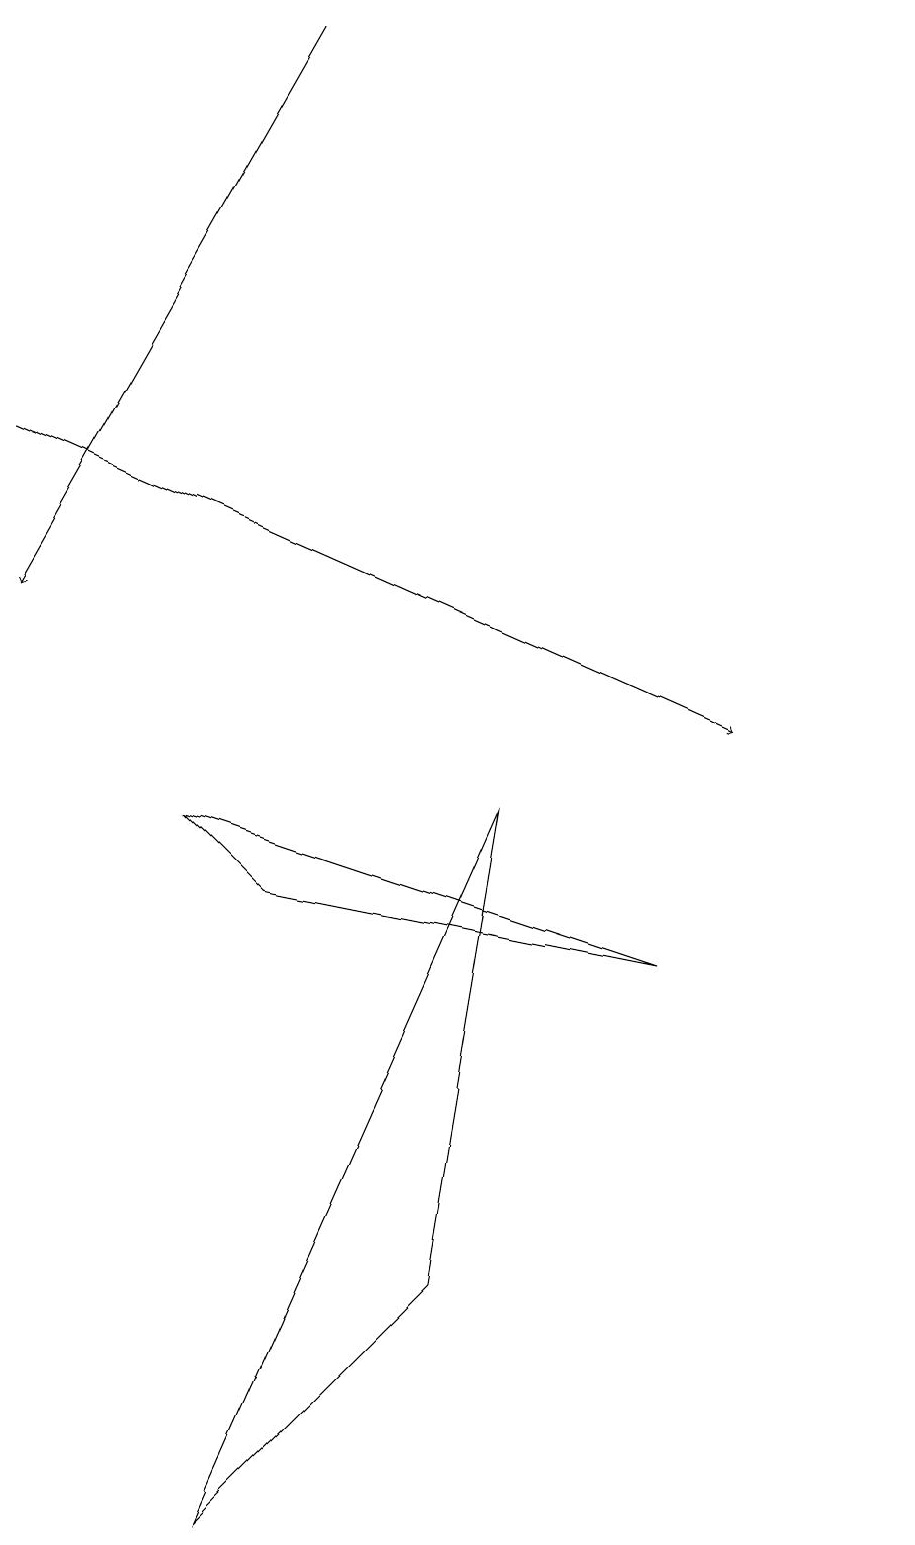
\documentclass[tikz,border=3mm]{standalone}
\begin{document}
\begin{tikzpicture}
\draw[->] (0,14) -- (9,10);
\draw (11,11) circle (0);
\draw (6,9) -- (2,0) -- (5,3) -- cycle;
\draw (8,7) -- (3,8) -- (2,9) -- cycle;
\draw[->] (4,19) -- (0,12);
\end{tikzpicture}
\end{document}